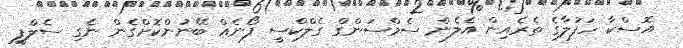
އޮސްކާ ހަފުލާގެ ތެރެއިން އެލެން ސެމްސަންގް ގެލްކްސީ ފޯނެއް ބޭނުންކޮށްގެން ނެގި ސެލްފީ